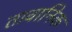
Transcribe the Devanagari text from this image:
तावानिक